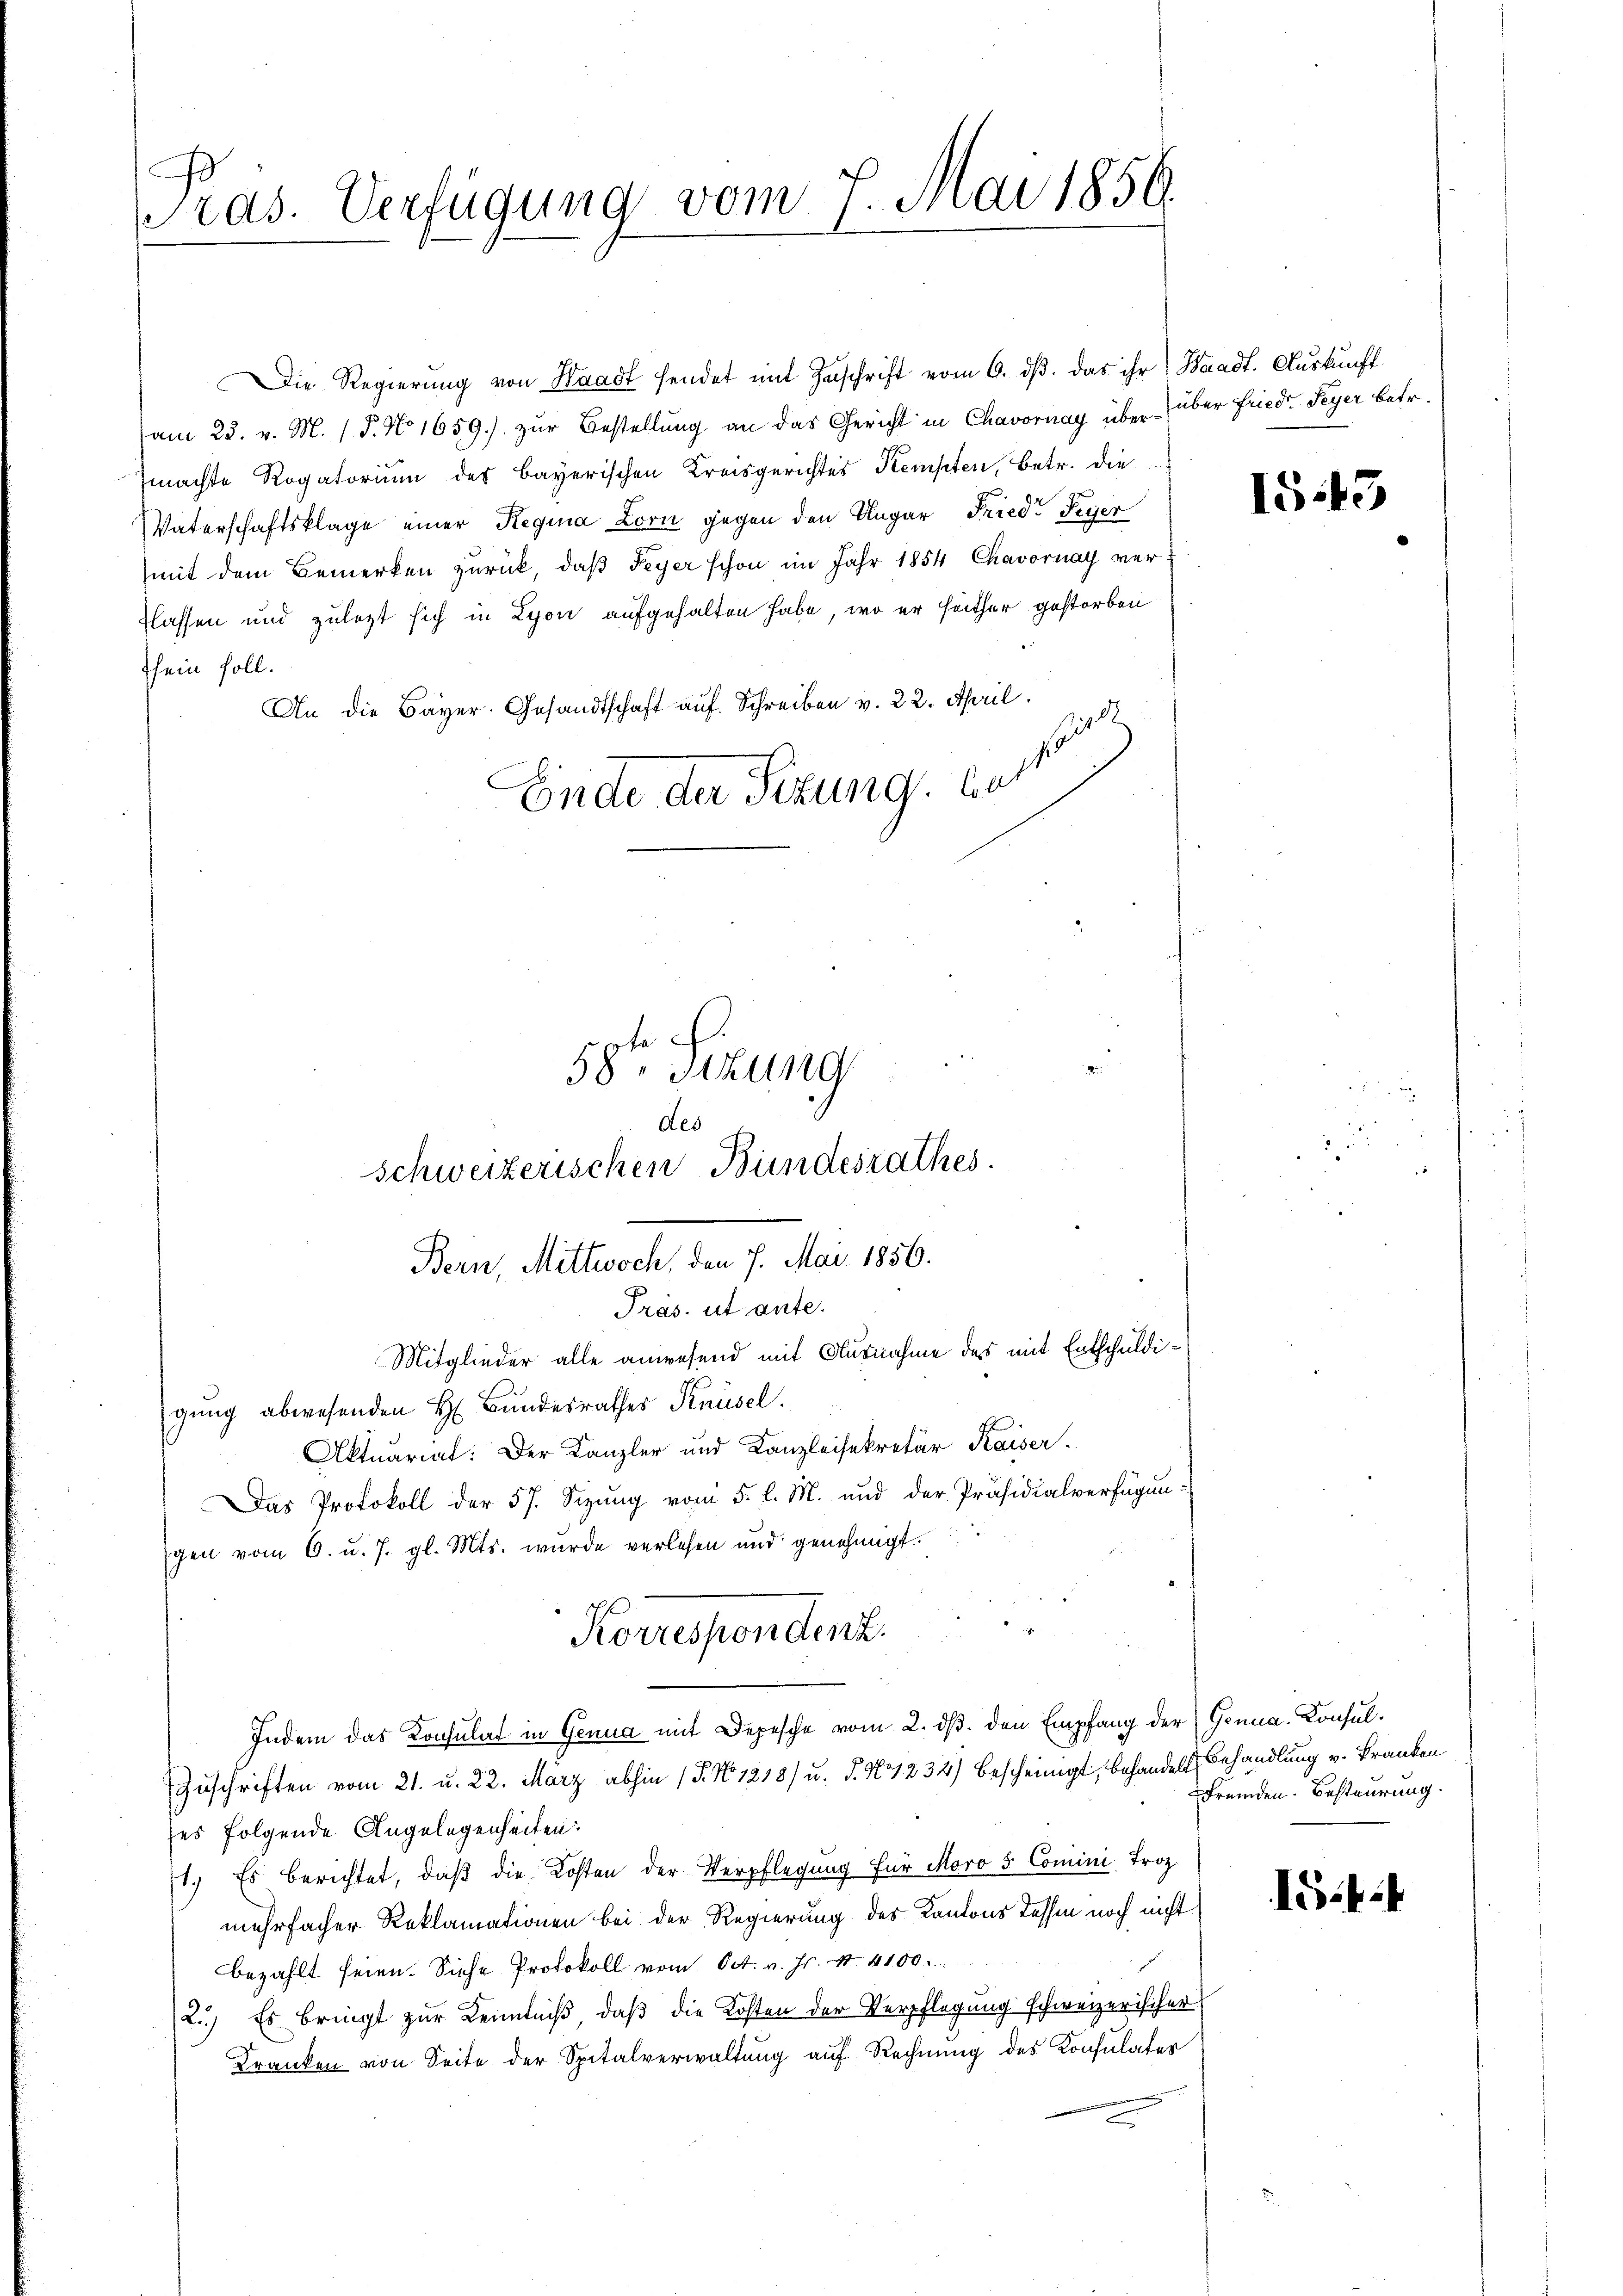
Pras. Verfügung vom 7. Mai 1856.

Die Regierung von Waadt sendet mit Zuschrift vom 6. ds. das ihr Waadt. Auskunft
am 23. v. M. 18. No 1659.) zur Bestellung an das Gericht in Chavornay über über Friedr Feyer betr.
Zmachte Rogatorium des bayerischen Kreisgerichtes Kempten, betr. die
Vaterschaftsklage einer Regina Zorn gegen den Ungar Fried Feyer
mit dem Bemerken zurück, daß Peyer schon im Jahr 1854 Chavornay verflassen und zulezt sich in Lyon aufgehalten habe, wo er seither gestorben
sein soll.
An die Bayer. Gesandtschaft auf Schreiben v. 22. April.
Ende der Sekung, best

58te Sitzung
des

schweizerischen Bundesrathes.
Bern, Mittwoch, den 7. Mai 1856.
Präs. ut ante.
Mitglieder alle anwesend mit Ausnahme des mit Entschuldi¬

gung abwesenden H. Bundesrathes Knüsel.
Aktuariat: Der Kanzler und Kanzleisekretär Kaiser.
Das Protokoll der 57. Sizung vom 5. l. M. und der Präsidialverfügungen vom 6. u. 7. gl. Mts. wurde verlesen und genehmigt.
Zuschriften vom 21. u. 22. März abhin (T. No. 1218) u. §. N 1234) bescheinigt, behandelt Behandlung v. Franken
ses folgende Angelegenheiten:
1.) Es berichtet, daß die Kosten der Verpflegung für Maro 5 Comini, Troz
mehrfacher Reklamationen bei der Regierung des Kantons Tessin noch nicht
bezahlt seien. Siche Protokoll vom Oct. v. Js. 4 4100.
2.) Es bringt zur Kenntniß, daß die Kosten der Verpflegung schweizerischer
Kranken von Seite der Spitalverwaltung auf Rechnung des Konsulater

Korrespondenz.
Indem das Konsulat in Genua mit Depesche vom 2. dβ. den Empfang der Genua-Konsul¬

1543

fremden Besteurung.

15.